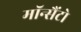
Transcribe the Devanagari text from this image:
मॉन्सैंटो